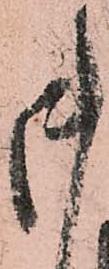
御